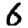
Digit: 6